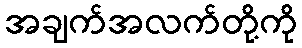
အချက်အလက်တို့ကို